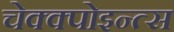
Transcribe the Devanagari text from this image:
चेक्क्पोइन्त्स